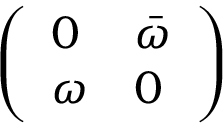
\left( \begin{array} { l l } { 0 } & { \bar { \omega } } \\ { \omega } & { 0 } \end{array} \right)